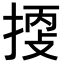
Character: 𢯬